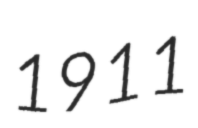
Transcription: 1911